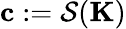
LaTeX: \mathbf{c}:=\mathcal{S}(\mathbf{K})